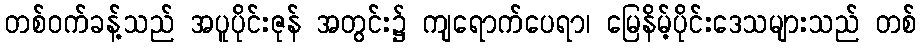
တစ်ဝက်ခန့်သည် အပူပိုင်းဇုန် အတွင်း၌ ကျရောက်ပေရာ၊ မြေနိမ့်ပိုင်းဒေသများသည် တစ်